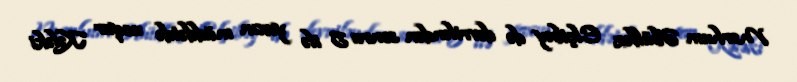
Mərhum Əbülfəz Elçibəy də devriləndən sonra 5 ilə yaxın müddətdə ucqar Kələki